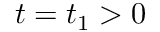
t = t _ { 1 } > 0